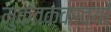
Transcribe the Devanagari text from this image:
मुक्तककाव्यों